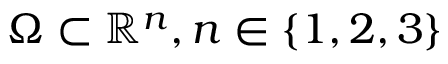
\Omega \subset \mathbb { R } ^ { n } , n \in \{ 1 , 2 , 3 \}